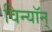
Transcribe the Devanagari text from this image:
विन्यॉन्